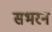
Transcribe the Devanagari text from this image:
सभरन